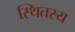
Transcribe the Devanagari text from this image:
स्थितस्य